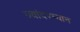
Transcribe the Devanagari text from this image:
ज्यांदरम्यान